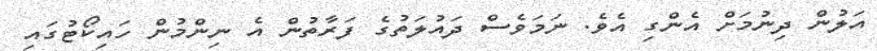
އަލުން ދިނުމަށް އެންގި އެވެ. ނަމަވެސް ދައުލަތުގެ ފަރާތުން އެ ނިންމުން ހައިކޯޓުގައި